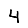
Digit: 4